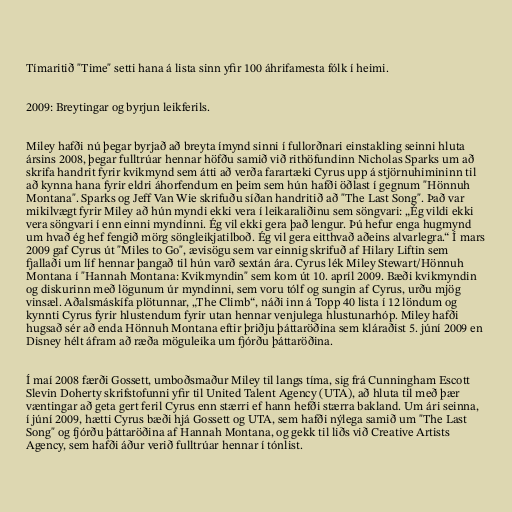
Tímaritið "Time" setti hana á lista sinn yfir 100 áhrifamesta fólk í heimi.

2009: Breytingar og byrjun leikferils.

Miley hafði nú þegar byrjað að breyta ímynd sinni í fullorðnari einstakling seinni hluta
ársins 2008, þegar fulltrúar hennar höfðu samið við rithöfundinn Nicholas Sparks um að
skrifa handrit fyrir kvikmynd sem átti að verða farartæki Cyrus upp á stjörnuhimininn til
að kynna hana fyrir eldri áhorfendum en þeim sem hún hafði öðlast í gegnum "Hönnuh
Montana". Sparks og Jeff Van Wie skrifuðu síðan handritið að "The Last Song". Það var
mikilvægt fyrir Miley að hún myndi ekki vera í leikaraliðinu sem söngvari: „Ég vildi ekki
vera söngvari í enn einni myndinni. Ég vil ekki gera það lengur. Þú hefur enga hugmynd
um hvað ég hef fengið mörg söngleikjatilboð. Ég vil gera eitthvað aðeins alvarlegra.“ Í mars
2009 gaf Cyrus út "Miles to Go", ævisögu sem var einnig skrifuð af Hilary Liftin sem
fjallaði um líf hennar þangað til hún varð sextán ára. Cyrus lék Miley Stewart/Hönnuh
Montana í "Hannah Montana: Kvikmyndin" sem kom út 10. apríl 2009. Bæði kvikmyndin
og diskurinn með lögunum úr myndinni, sem voru tólf og sungin af Cyrus, urðu mjög
vinsæl. Aðalsmáskífa plötunnar, „The Climb“, náði inn á Topp 40 lista í 12 löndum og
kynnti Cyrus fyrir hlustendum fyrir utan hennar venjulega hlustunarhóp. Miley hafði
hugsað sér að enda Hönnuh Montana eftir þriðju þáttaröðina sem kláraðist 5. júní 2009 en
Disney hélt áfram að ræða möguleika um fjórðu þáttaröðina.

Í maí 2008 færði Gossett, umboðsmaður Miley til langs tíma, sig frá Cunningham Escott
Slevin Doherty skrifstofunni yfir til United Talent Agency (UTA), að hluta til með þær
væntingar að geta gert feril Cyrus enn stærri ef hann hefði stærra bakland. Um ári seinna,
í júní 2009, hætti Cyrus bæði hjá Gossett og UTA, sem hafði nýlega samið um "The Last
Song" og fjórðu þáttaröðina af Hannah Montana, og gekk til liðs við Creative Artists
Agency, sem hafði áður verið fulltrúar hennar í tónlist.